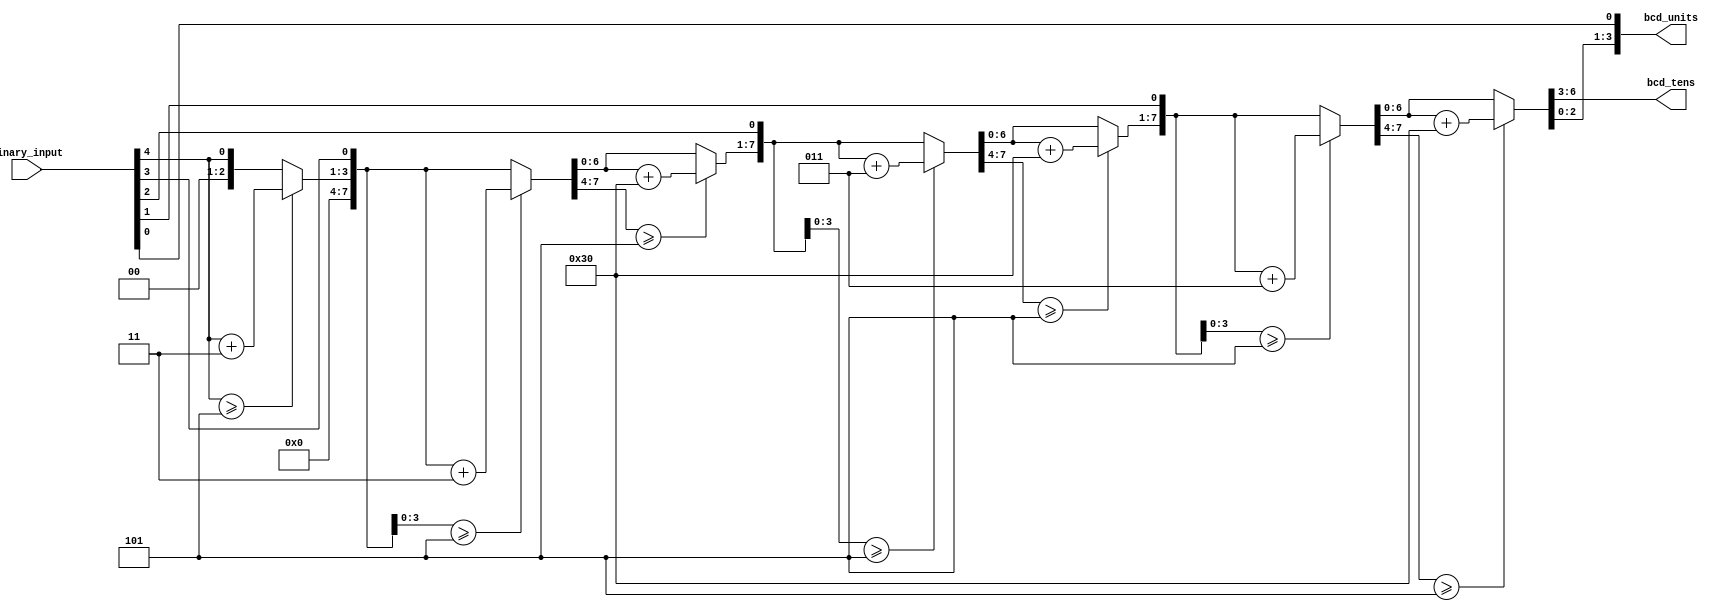
module binary_to_bcd (
    input [4:0] binary_input,
    output reg [3:0] bcd_tens,
    output reg [3:0] bcd_units
);

integer i;
integer bcd_value;
integer binary_value;

always @(*) begin
    bcd_value = 0;
    binary_value = binary_input;

    // Double dabble algorithm to convert binary to BCD
    for (i = 0; i < 5; i = i + 1) begin
        // If the 4-bit BCD value is greater than or equal to 5, add 3
        if (bcd_value[3:0] >= 5) begin
            bcd_value = bcd_value + 3;
        end

        if (bcd_value[7:4] >= 5) begin
            bcd_value = bcd_value + (3 << 4);
        end

        // Shift the BCD value one bit to the left
        bcd_value = bcd_value << 1;

        // Add the next binary bit from the binary input
        bcd_value[0] = binary_value[4];

        // Shift the binary input one bit to the left
        binary_value = binary_value << 1;
    end

    bcd_tens = bcd_value[7:4];
    bcd_units = bcd_value[3:0];
end

endmodule